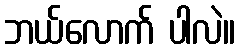
ဘယ်လောက် ပါလဲ။